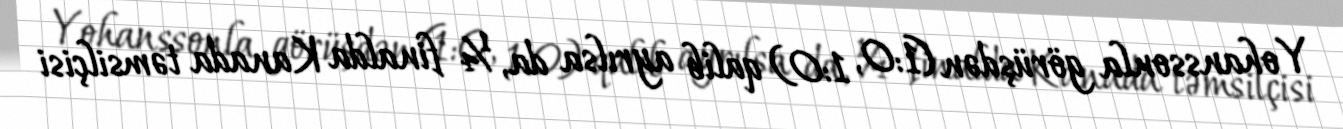
Yohanssonla görüşdən (1:0, 1:0) qalib ayrılsa da, ¼ finalda Kanada təmsilçisi